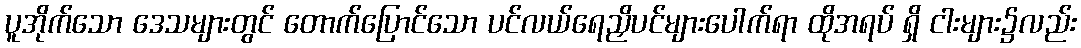
ပူအိုက်သော ဒေသများတွင် တောက်ပြောင်သော ပင်လယ်ရေညှိပင်များပေါက်ရာ ထိုအရပ် ရှိ ငါးများ၌လည်း